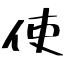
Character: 使